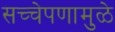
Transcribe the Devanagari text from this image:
सच्चेपणामुळे